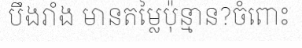
បឹងរាំង មានតម្លៃប៉ុន្មាន?ចំពោះ